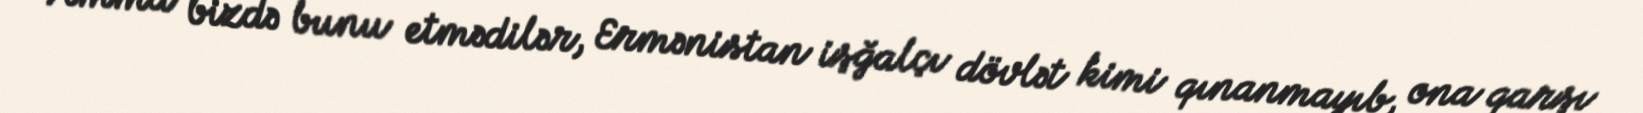
Amma bizdə bunu etmədilər, Ermənistan işğalçı dövlət kimi qınanmayıb, ona qarşı